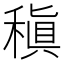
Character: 稹